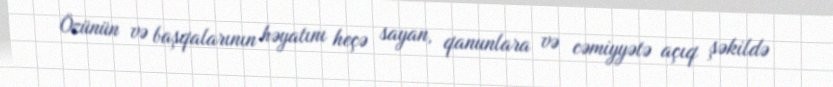
Özünün və başqalarının həyatını heçə sayan, qanunlara və cəmiyyətə açıq şəkildə